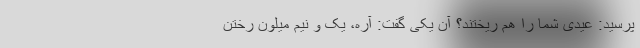
پرسید: عیدی شما را هم ریختند؟ آن یکی گفت: آره، یک و نیم میلون رختن